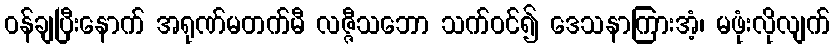
ဝန်ချပြီးနောက် အရုဏ်မတက်မီ လဇ္ဇီသဘော သက်ဝင်၍ ဒေသနာကြားအံ့၊ မဖုံးလိုလျက်